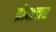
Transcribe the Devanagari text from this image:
ब्रोशनर